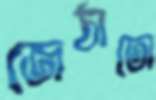
জেঠাতো